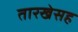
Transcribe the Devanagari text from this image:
तारखेसह